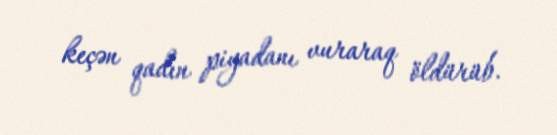
keçən qadın piyadanı vuraraq öldürüb.